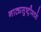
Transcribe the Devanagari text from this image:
नाट्यसुष्ट्रीमध्ये